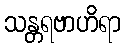
သန္တရဗာဟိရာ